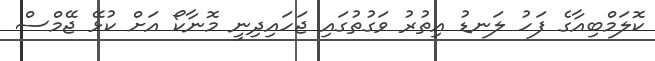
ކޮލަމްބިއާގެ ފަހު ލަނޑު އިތުރު ވަގުތުގައި ޖަހައިދިނީ މޮނާކޯ އަށް ކުޅޭ ޖޭމްސް